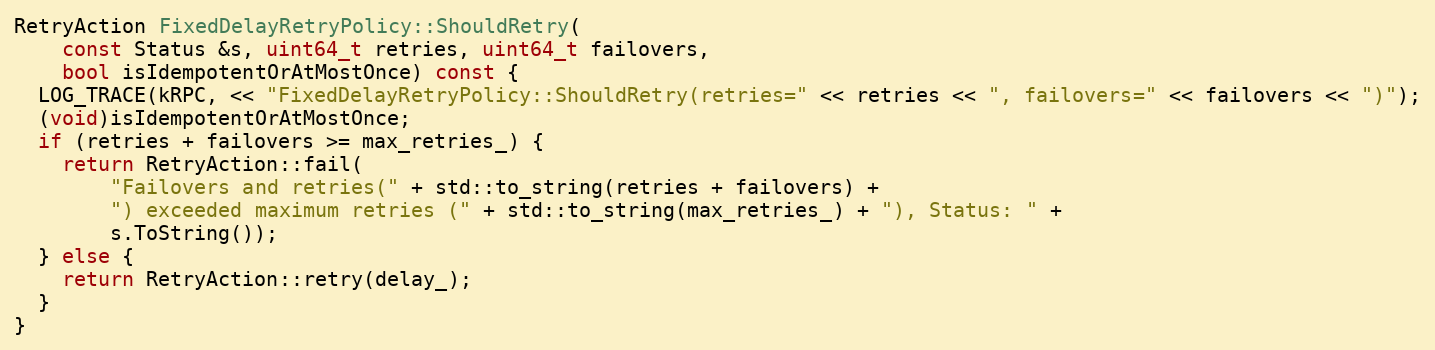
Language: C++
RetryAction FixedDelayRetryPolicy::ShouldRetry(
    const Status &s, uint64_t retries, uint64_t failovers,
    bool isIdempotentOrAtMostOnce) const {
  LOG_TRACE(kRPC, << "FixedDelayRetryPolicy::ShouldRetry(retries=" << retries << ", failovers=" << failovers << ")");
  (void)isIdempotentOrAtMostOnce;
  if (retries + failovers >= max_retries_) {
    return RetryAction::fail(
        "Failovers and retries(" + std::to_string(retries + failovers) +
        ") exceeded maximum retries (" + std::to_string(max_retries_) + "), Status: " +
        s.ToString());
  } else {
    return RetryAction::retry(delay_);
  }
}